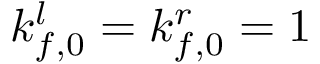
k _ { f , 0 } ^ { l } = k _ { f , 0 } ^ { r } = 1